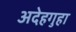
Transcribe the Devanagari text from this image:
अदेहगुहा